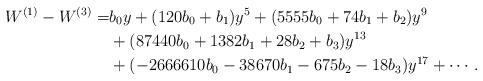
LaTeX: \begin{align*}W^{(1)}-W^{(3)}=&b_0 y+( 120 b_0 + b_1 )y^5+( 5555 b_0 + 74 b_1 + b_2 )y^9\\&+( 87440 b_0 + 1382 b_1 + 28 b_2 + b_3 )y^{13}\\&+(- 2666610 b_0 - 38670 b_1 - 675 b_2 - 18 b_3 )y^{17}+ \cdots.\end{align*}